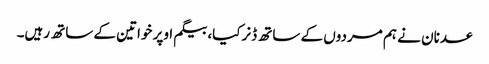
عدنان نے ہم مردوں کے ساتھ ڈنرکیا، بیگم اوپر خواتین کے ساتھ رہیں۔